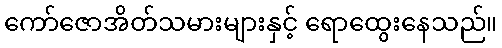
ကော်ဇောအိတ်သမားများနှင့် ရောထွေးနေသည်။